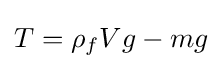
T=\rho _{f}Vg-mg